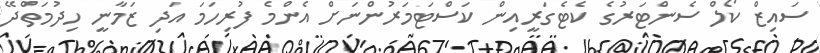
ސައިޒް ކޯލް ސެންޓަރުގެ ކެޓެގަރީއިން ކަސްޓަމަރުންނަށް އެންމެ ފުރިހަމަ އަދި ޒަމާނީ ހިދުމަތްދޭ